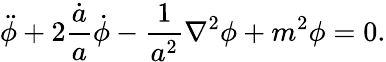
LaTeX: \ddot{\phi}+2\frac{\dot{a}}{a}\dot{\phi}-\frac{1}{a^{2}}\nabla^{2}\phi+m^{2}\phi=0.